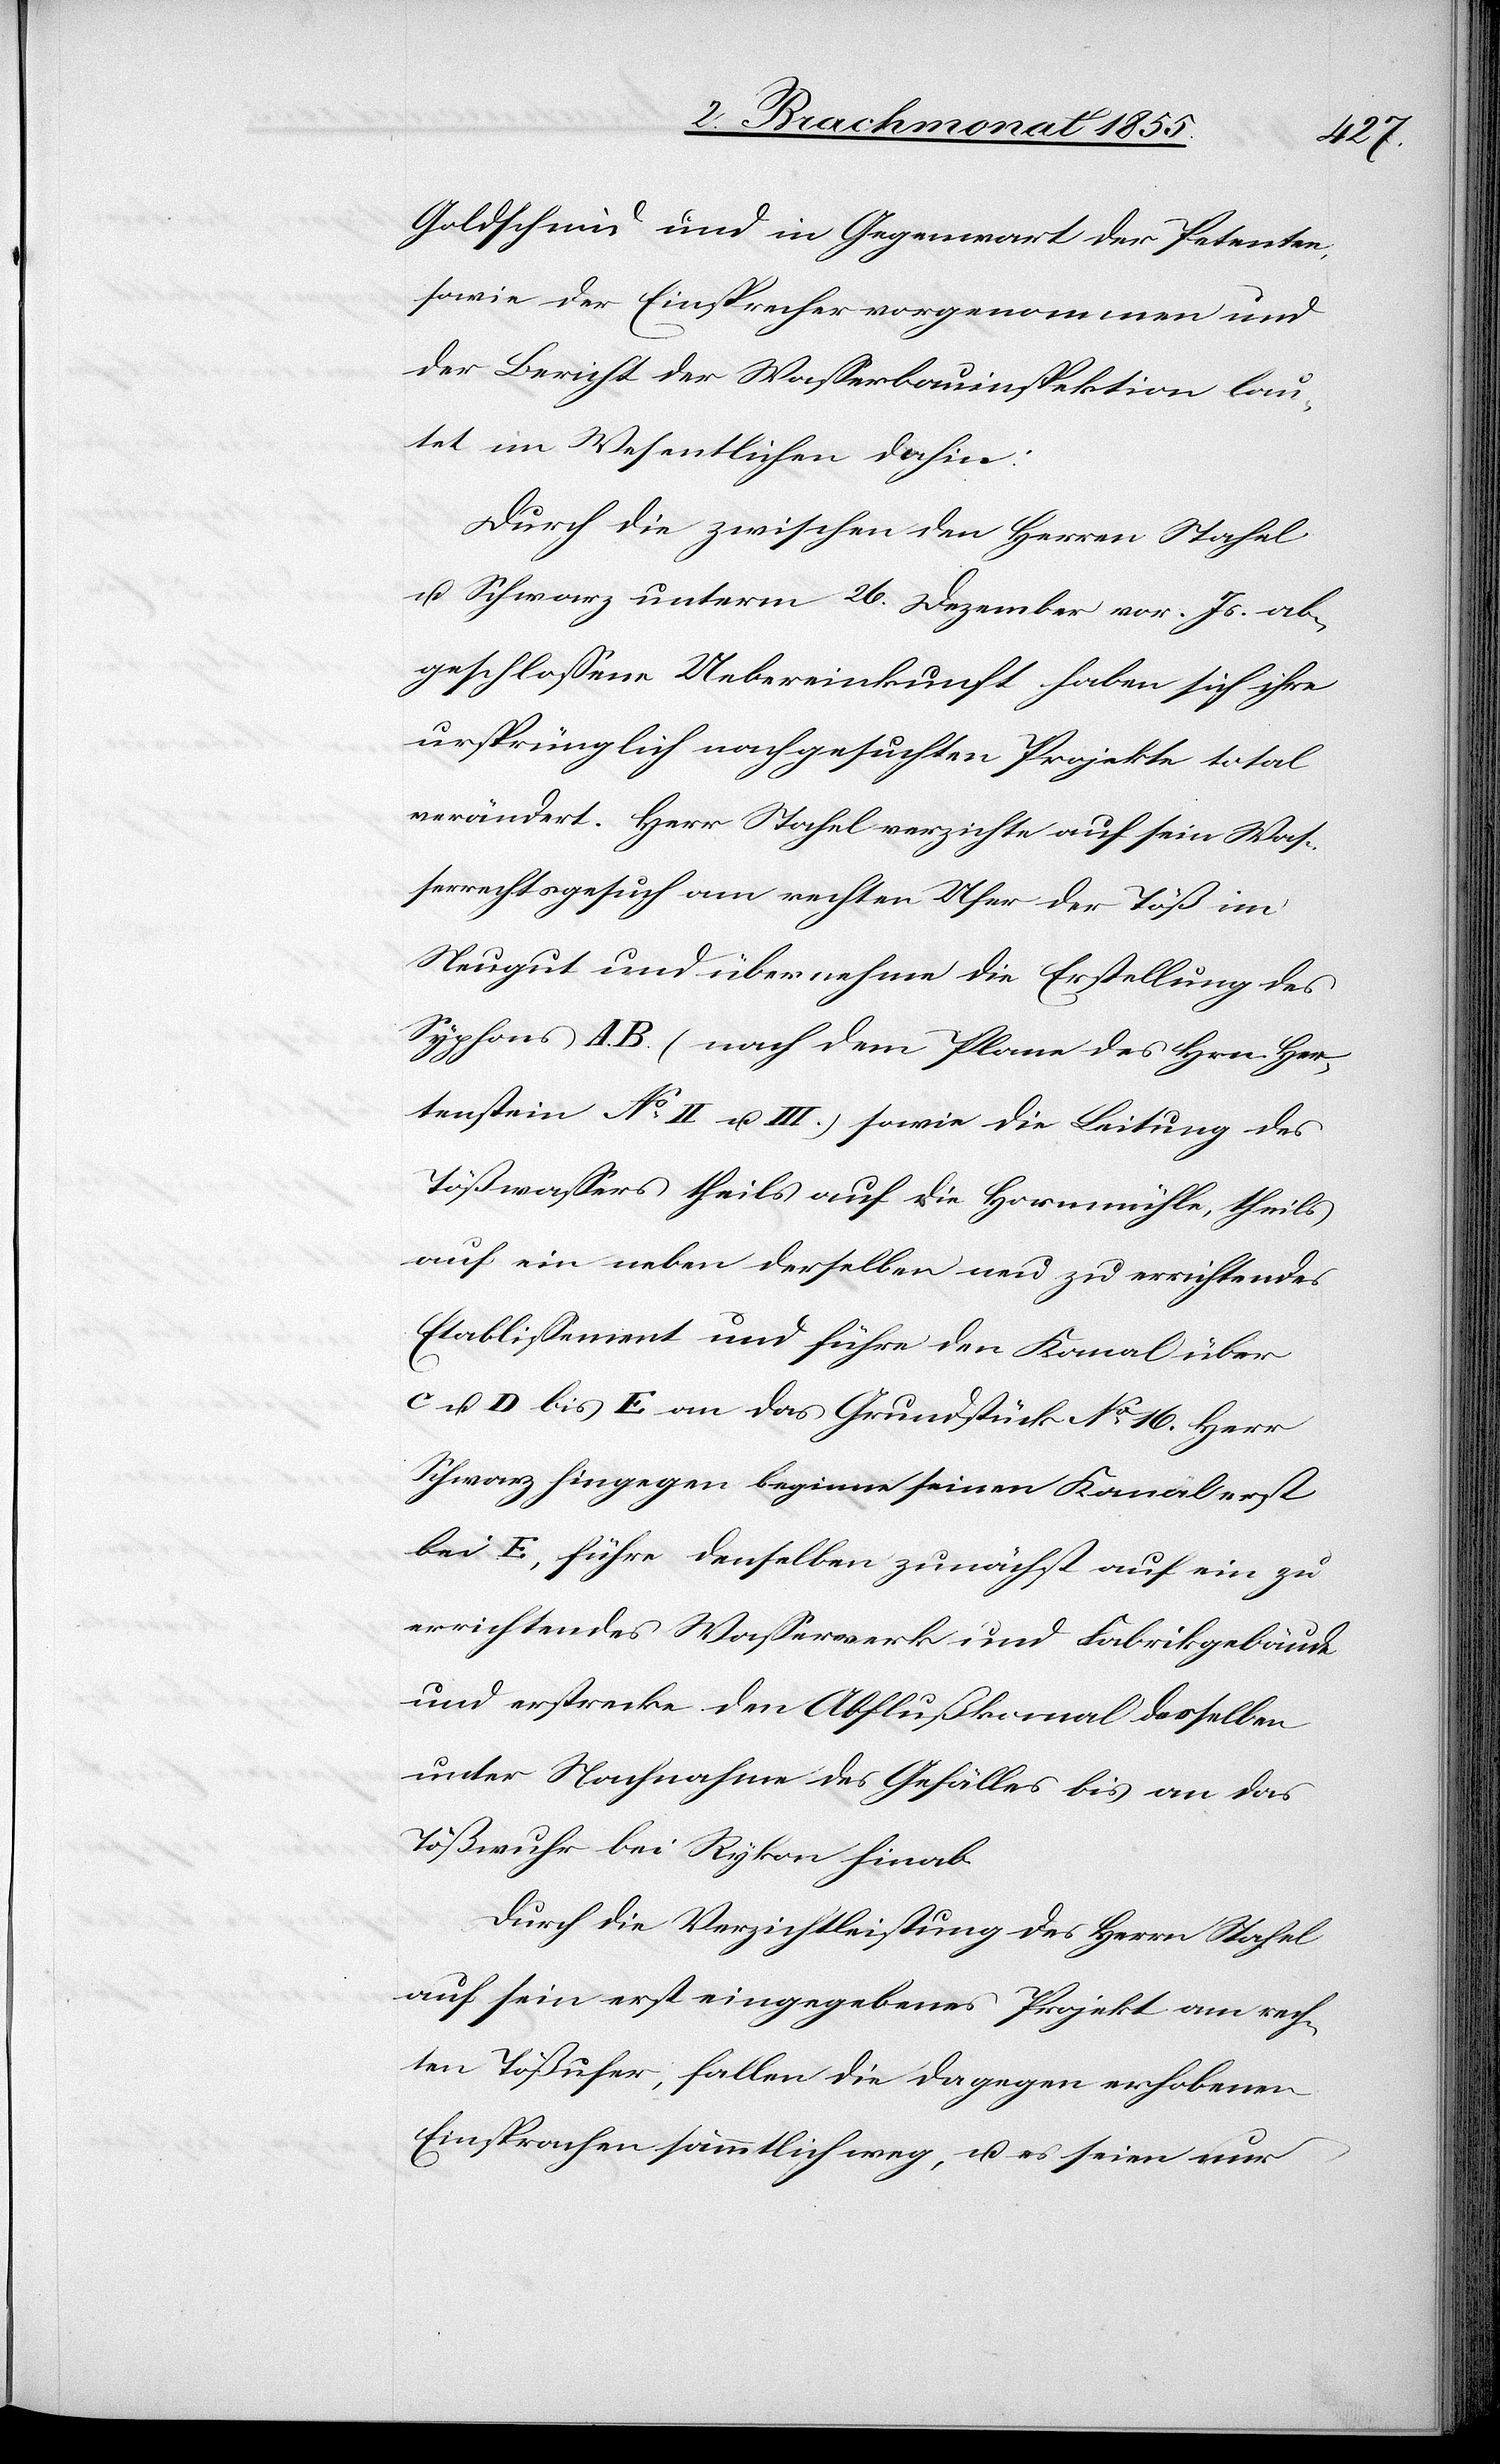
Goldschmid und in Gegenwart der Petenten,
sowie der Einsprecher vorgenommen und
der Bericht der Wasserbauinspektion lau¬
tet im Wesentlichen dahin:
Durch die zwischen den Herren Stahel
u. Schwarz unterm 26. Dezember vor. Js. ab¬
geschlossene Uebereinkunft haben sich ihre
ursprünglich nachgesuchten Projekte total
verändert. Herr Stahel verzichte auf sein Was¬
serrechtsgesuch am rechten Ufer der Töß im
Neugut und übernehme die Erstellung des
Syphons A. B. (nach dem Plane des Hrn. Her¬
tenstein No II u. III.) sowie die Leitung des
Tößwassers theils auf die Hornmühle, theils
auf ein neben derselben neu zu errichtendes
Etablissement und führe den Kanal über
C u. D bis E an das Grundstück No 16. Herr
Schwarz hingegen beginne seinen Kanal erst
bei E, führe denselben zunächst auf ein zu
errichtendes Wasserwerk und Fabrikgebäude
und erstrecke den Abflußkanal desselben
unter Nachnahme des Gefälles bis an das
Tößwuhr bei Rykon hinab.
Durch die Verzichtleistung des Herrn Stahel
auf sein erst eingegebenes Projekt am rech¬
ten Tößufer, fallen die dagegen erhobenen
Einsprachen sämmtlich weg, u. es seien nur